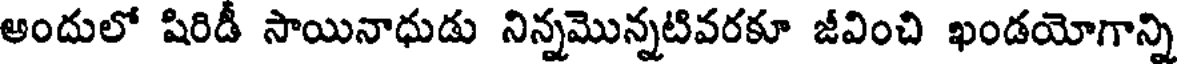
అందులో షిరిడీ సాయినాధుడు నిన్నమొన్నటివరకూ జీవించి ఖండయోగాన్ని